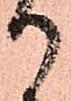
御